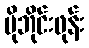
မိုဘိုင်းဖုန်း